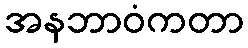
အနဘာဝံကတာ